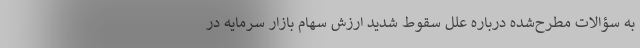
به سؤالات مطرح‌شده درباره علل سقوط شدید ارزش سهام بازار سرمایه در